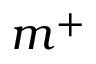
m ^ { + }